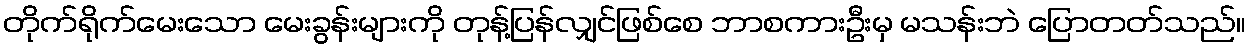
တိုက်ရိုက်မေးသော မေးခွန်းများကို တုန့်ပြန်လျှင်ဖြစ်စေ ဘာစကားဦးမှ မသန်းဘဲ ပြောတတ်သည်။